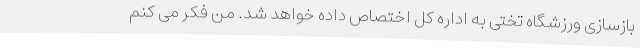
بازسازی ورزشگاه تختی به اداره کل اختصاص داده خواهد شد. من فکر می کنم